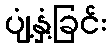
ပျံ့နှံ့ခြင်း